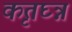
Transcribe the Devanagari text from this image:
कृतघ्न्न